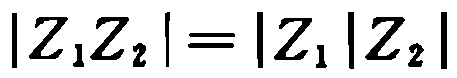
\(|Z_{1}Z_{2}| = |Z_{1}||Z_{2}|\)